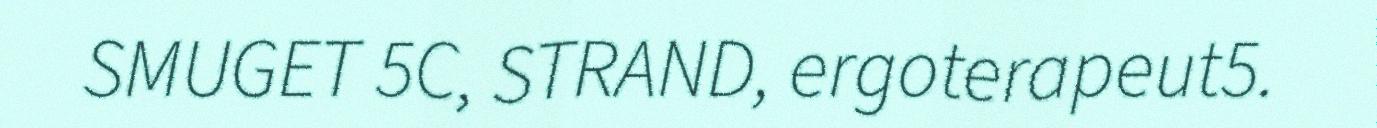
SMUGET 5C, STRAND, ergoterapeut5.